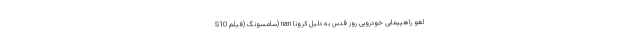
S10 سامسونگ (فیلم) nan لغو راهپیمایی خودرویی روز قدس به دلیل کرونا